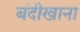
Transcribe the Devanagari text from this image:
बंदीखाना